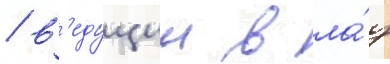
/ в'едущии в ла́з